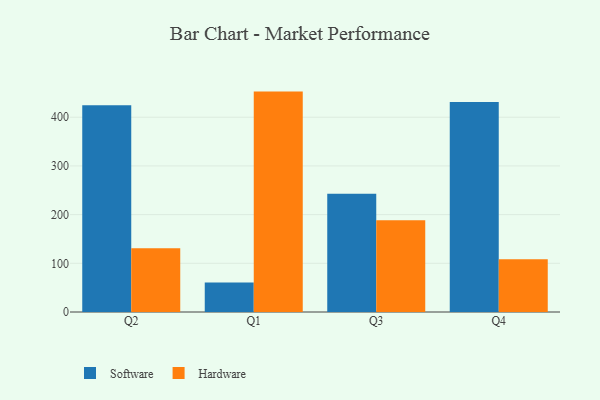
{"axis": {"x": "Quarter", "y": "Demand Index"}, "legend": ["Hardware", "Software"], "data": [{"x": "Q2", "y": 424.6, "type": "Software"}, {"x": "Q2", "y": 130.9, "type": "Hardware"}, {"x": "Q1", "y": 60.5, "type": "Software"}, {"x": "Q1", "y": 452.6, "type": "Hardware"}, {"x": "Q3", "y": 242.7, "type": "Software"}, {"x": "Q3", "y": 188.6, "type": "Hardware"}, {"x": "Q4", "y": 431.0, "type": "Software"}, {"x": "Q4", "y": 108.3, "type": "Hardware"}]}